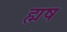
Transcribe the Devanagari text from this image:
ह्मष